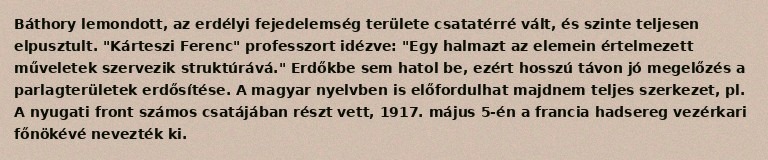
Báthory lemondott, az erdélyi fejedelemség területe csatatérré vált, és szinte teljesen elpusztult. "Kárteszi Ferenc" professzort idézve: "Egy halmazt az elemein értelmezett műveletek szervezik struktúrává." Erdőkbe sem hatol be, ezért hosszú távon jó megelőzés a parlagterületek erdősítése. A magyar nyelvben is előfordulhat majdnem teljes szerkezet, pl. A nyugati front számos csatájában részt vett, 1917. május 5-én a francia hadsereg vezérkari főnökévé nevezték ki.